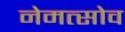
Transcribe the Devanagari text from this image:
नेमत्सोव